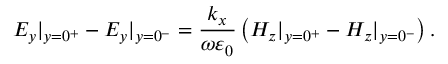
E _ { y } | _ { y = 0 ^ { + } } - E _ { y } | _ { y = 0 ^ { - } } = \frac { k _ { x } } { \omega \varepsilon _ { 0 } } \left( H _ { z } | _ { y = 0 ^ { + } } - H _ { z } | _ { y = 0 ^ { - } } \right) .